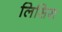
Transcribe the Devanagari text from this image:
लिसिस